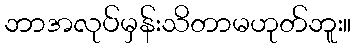
ဘာအလုပ်မှန်းသိတာမဟုတ်ဘူး။